Bréfritari: Sigríður Pálsdóttir
Viðtakandi: Páll Pálsson
Dagsetning: A-1864-06-08
Skrifað á: Breiðabólsstað  Rang.
Páll var bróðir Sigríðar

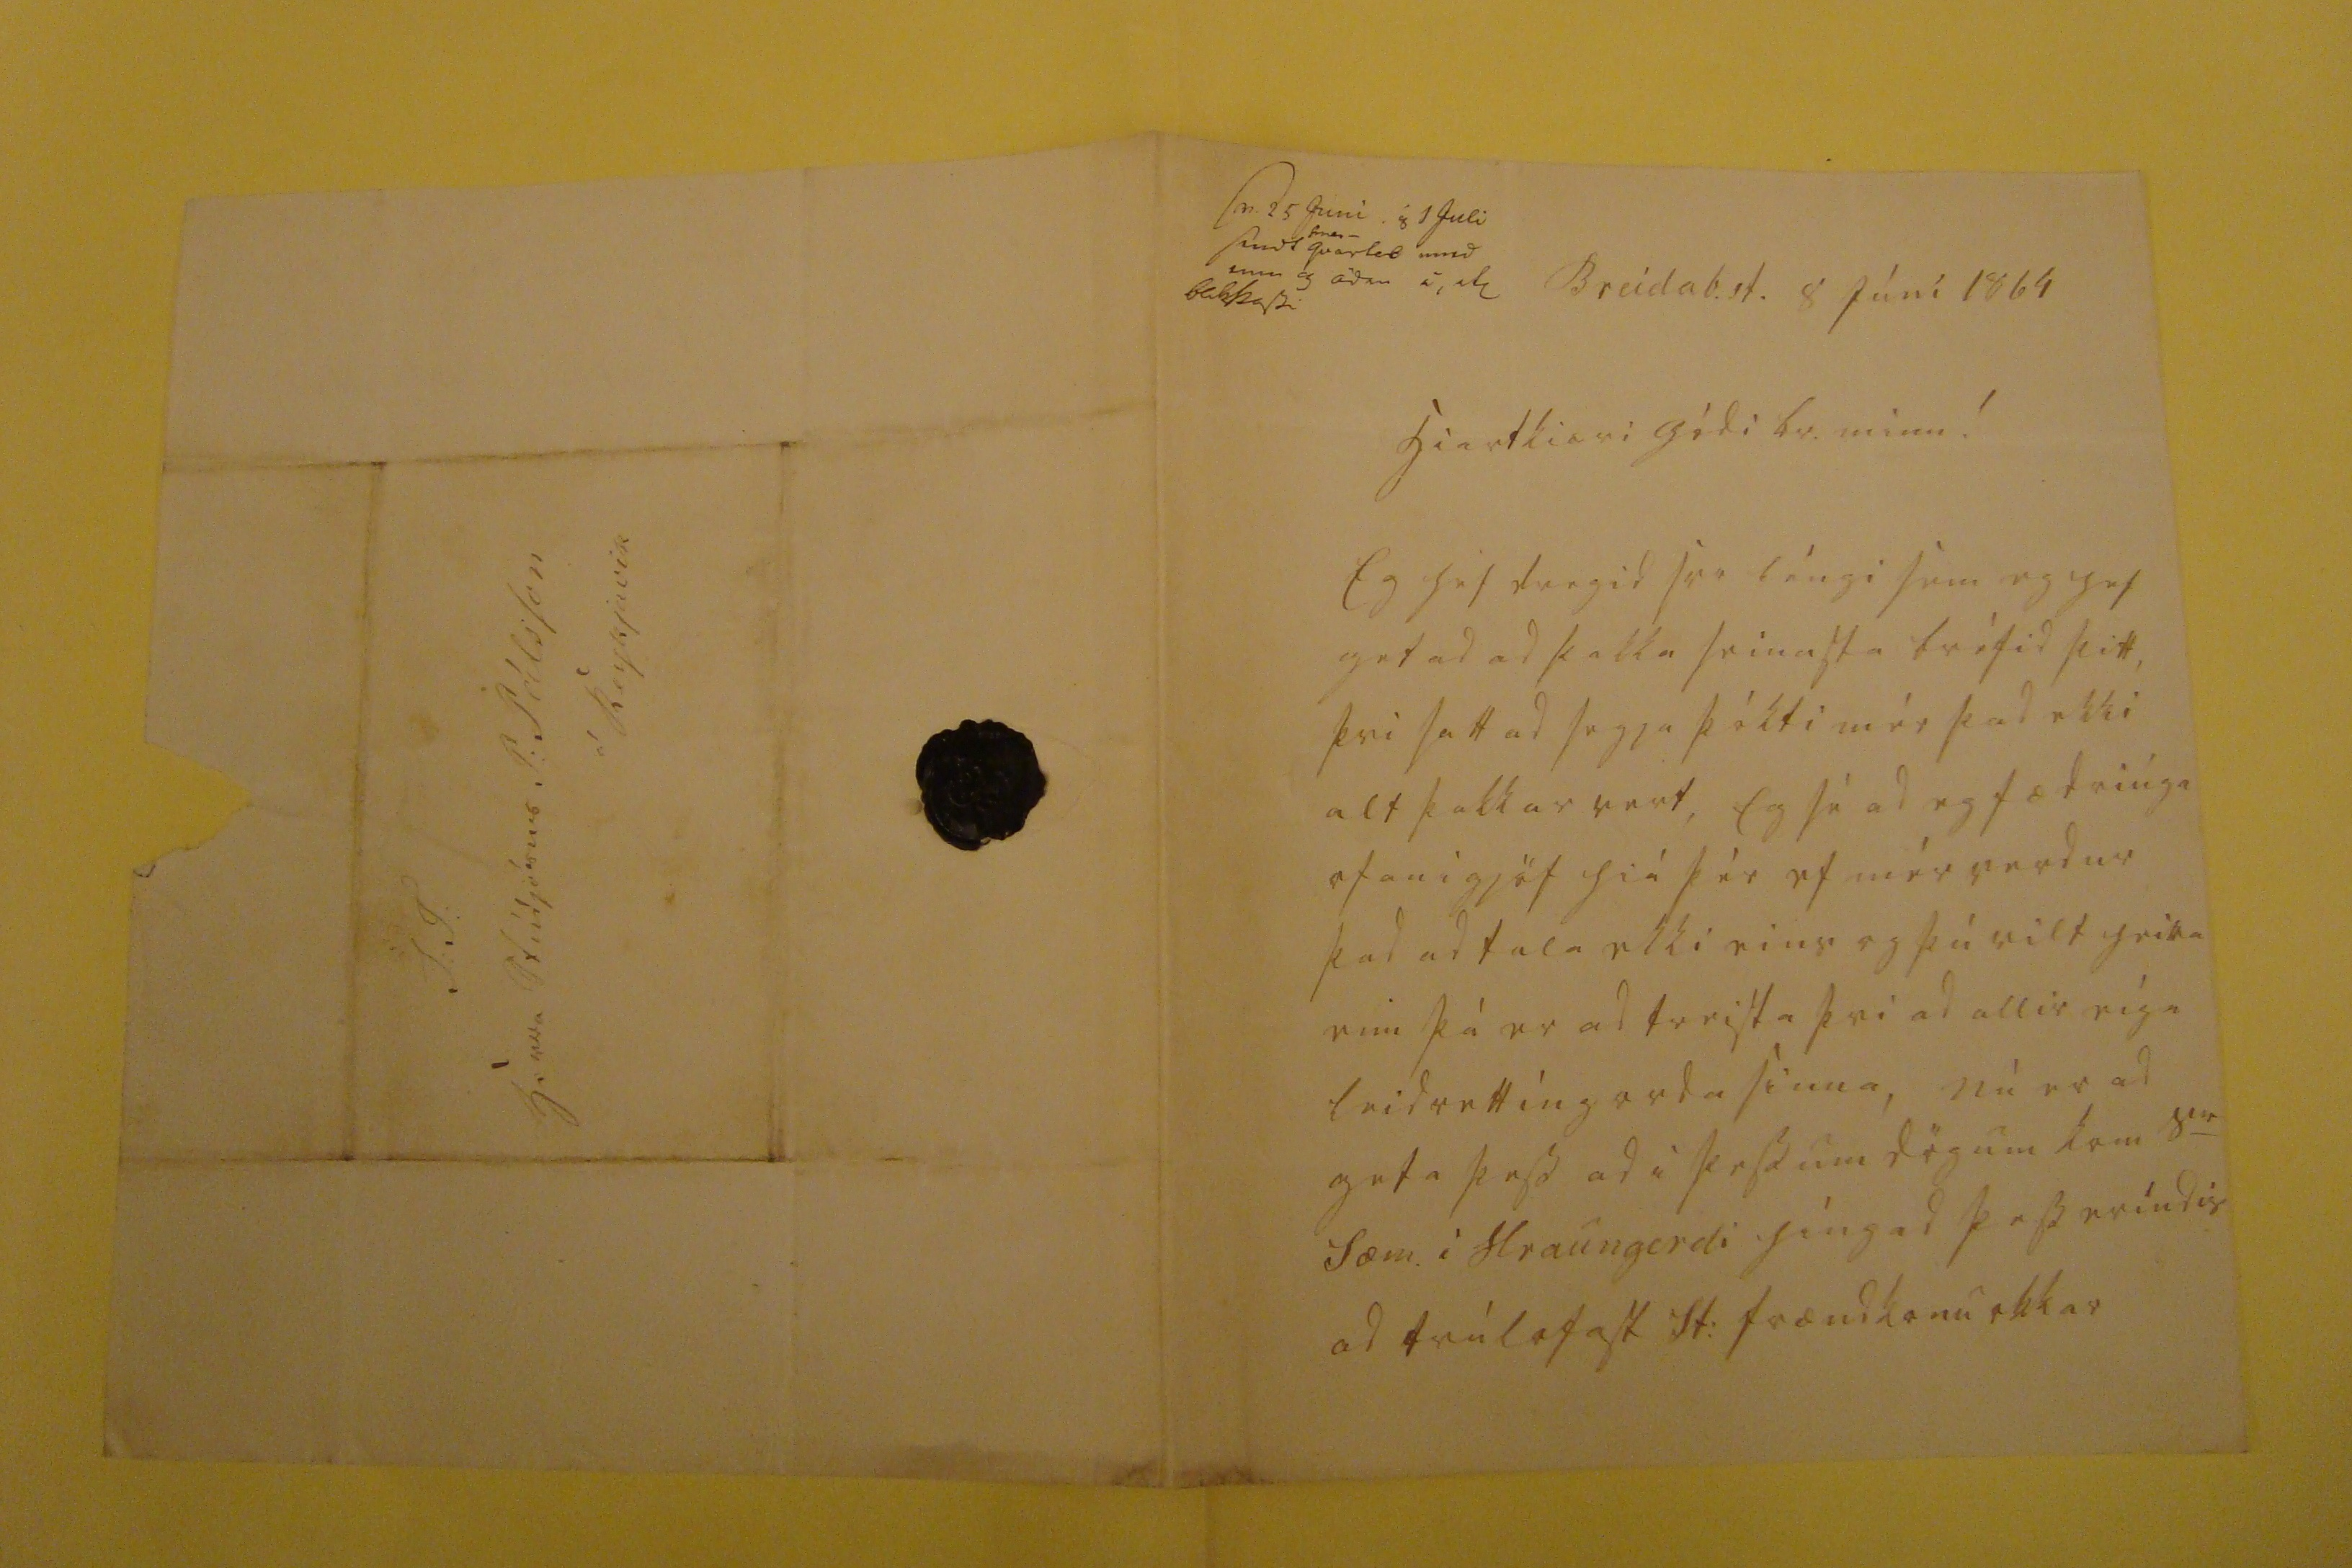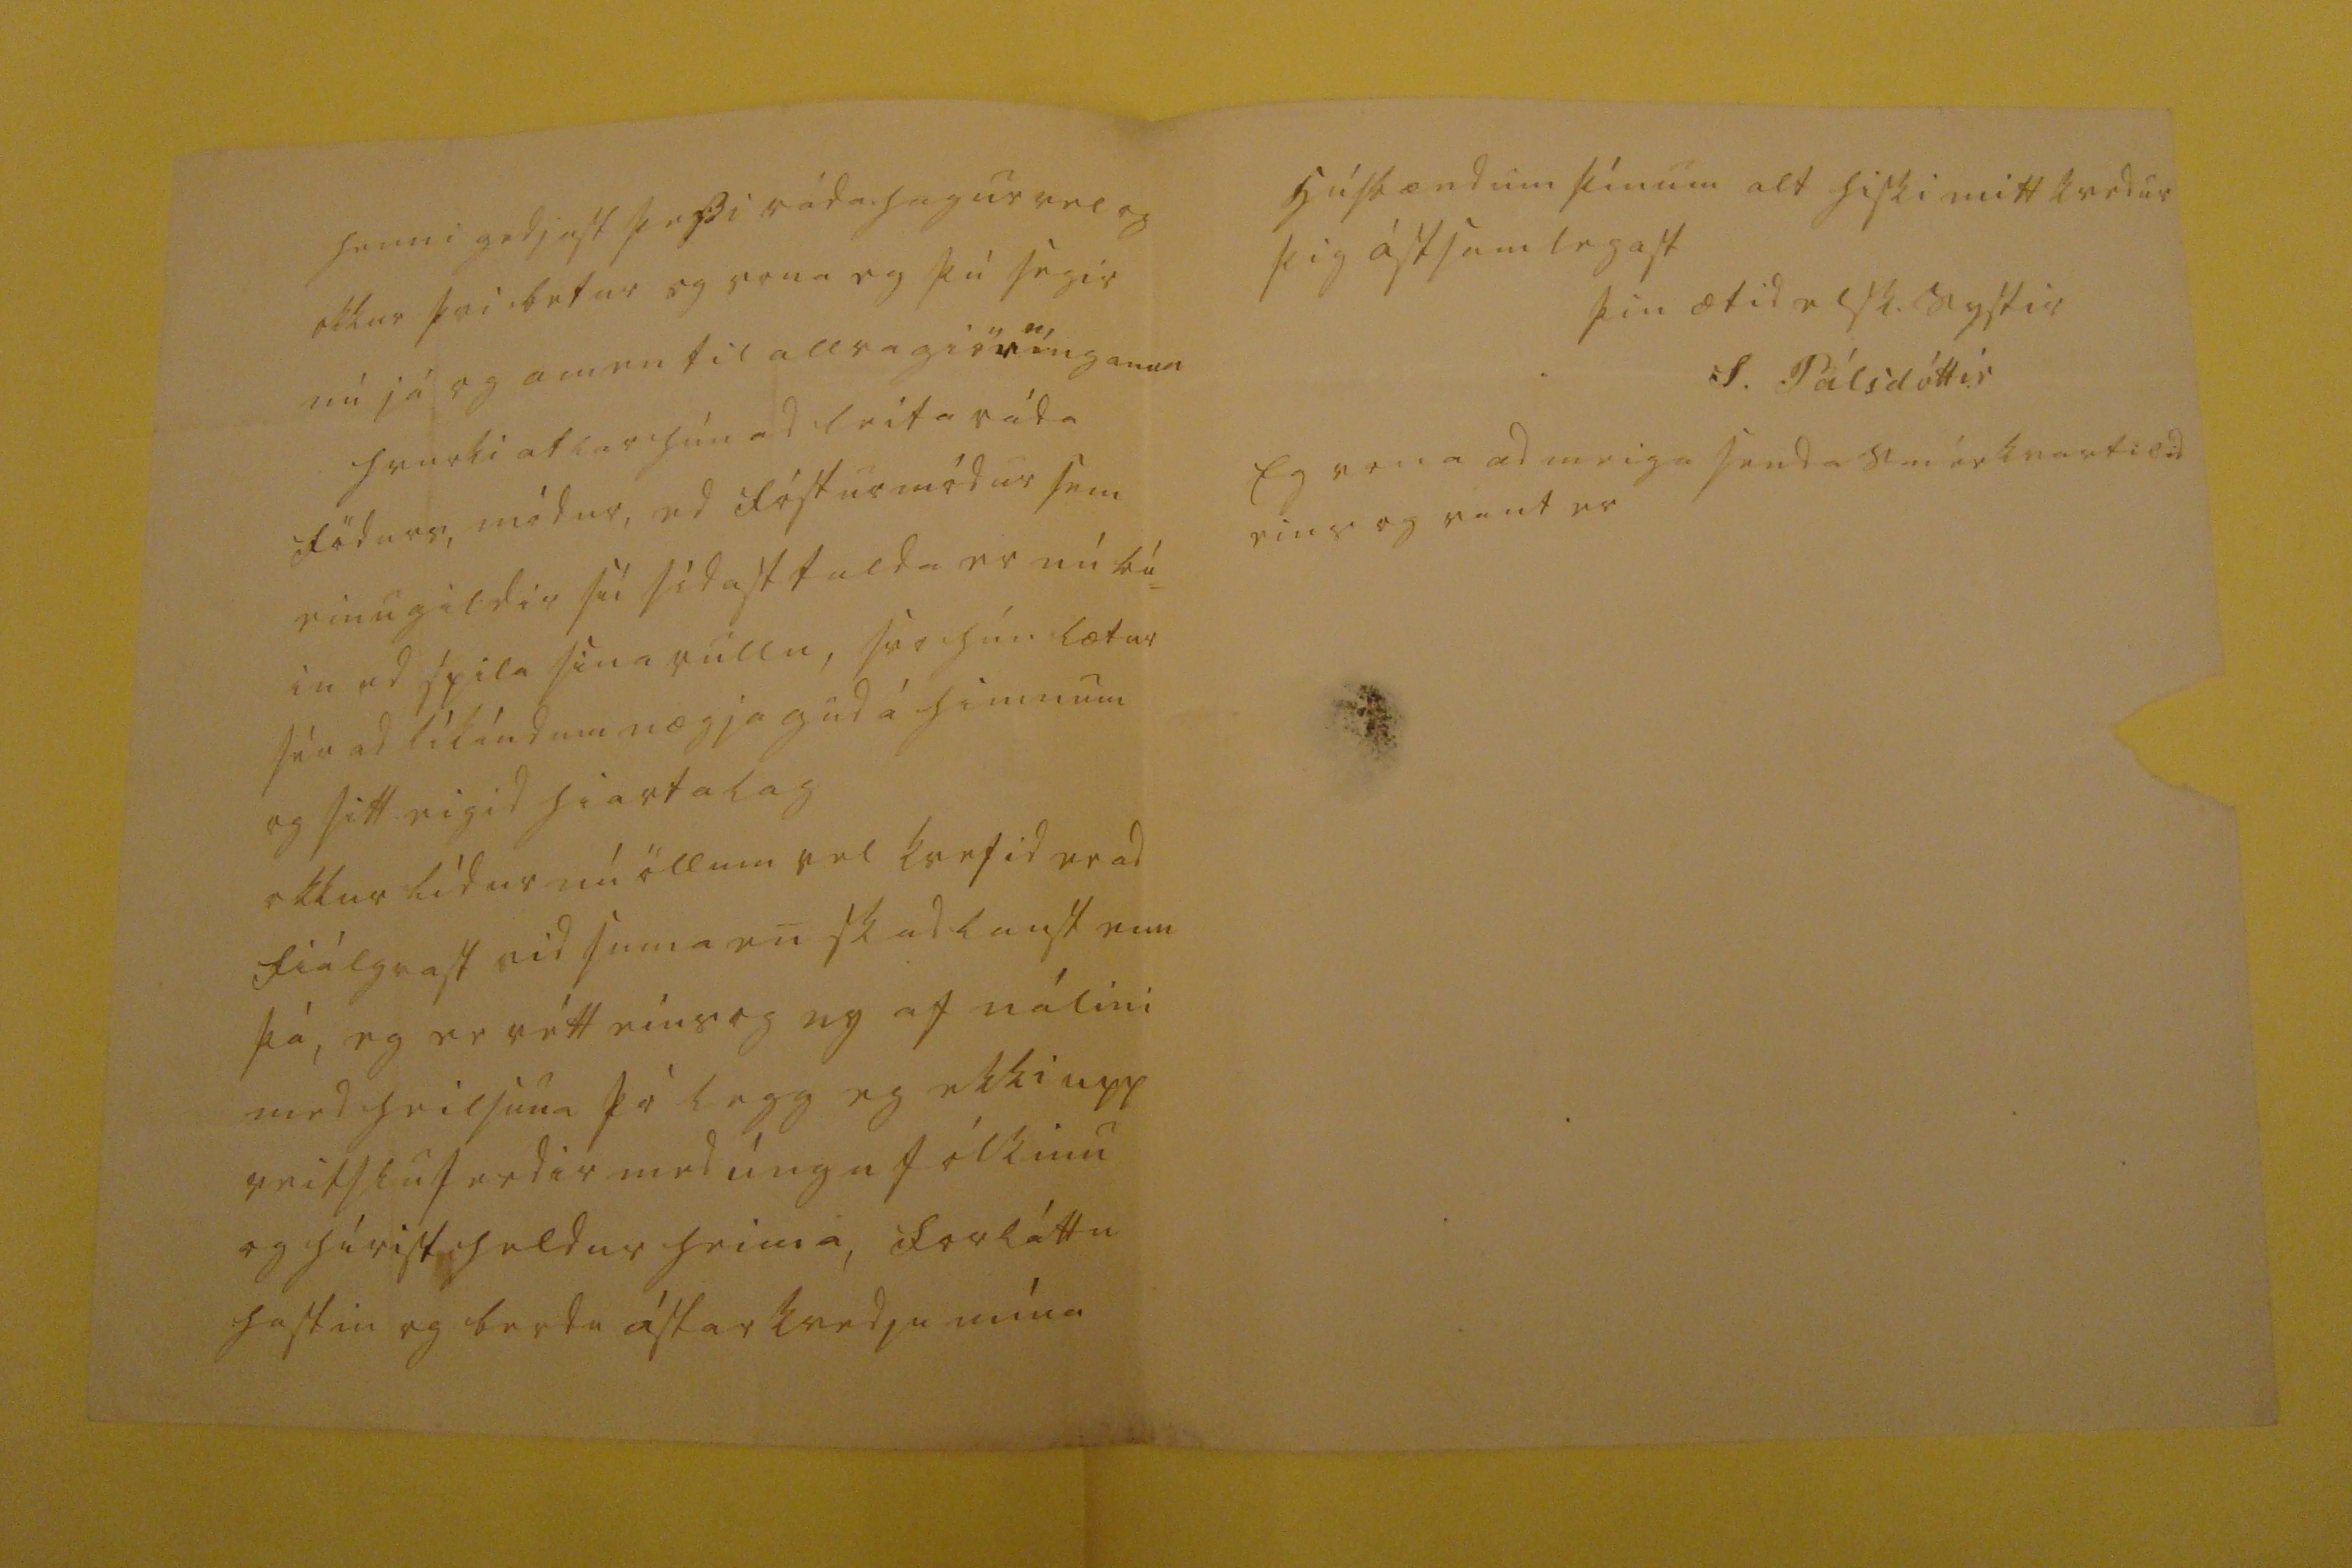

sv. 25 Juni 0 1 Juli send
smer
qvartil med 000 einu 0 000 i, h bak000
Breidb.st. 8 Júni 1864
hiartkiæri gódi br. minn!
Eg hef dregid svo léngi sem eg hef getad ad þakka seinasta bréfid þitt, þvi sattad segja þókti mér þad ekki alt þakkartvert, Eg sé ad eg fæ driúga ofani gjöf hiá þér ef mér verdur þad ad tala ekki eins og þú vilt heira um þá er ad treista þvi ad allir eíga leidrettíng orda sinna, nú er ad geta þess ad i þessum dögum kom s
0r
Sæm. i Hraungerdi híngad þess eríndis ad trúlofast St: frændkonu okkar
henni gedjast þessi ráda.hugur vel og okkur þvi betur og vona eg þú segir nú já og amen til allra giör
n
ínganna hvurki atlar hún ad leita ráda födurs, módur ed fósturmódur sem einu gildir sú sídasttalda er nú bú= in ad spila sina rullu, svo hún lætur sér ad líkindum nægja gud á himnum og sitt eigid hiartalag okkur lídur nú öllum vel kvefid er ad fiálgrast vid suma en skadlaust enn þá, eg er rétt eins og ny af nálini med heilsuna þó legg eg ekki upp veitsluferdir med únga fólkinu og hírist heldur heima, forláttu hastin og berdu ástarkvedju mína
húsbændum þínum alt hiski mitt kvedur þig ástsamlegast
þin ætid elsk. systir
S. Pálsdóttir
Eg vona ad meiga senda smérkvartilid eins og vant er
S: T: herra Stúdjósus P: Pálsson á Reykjavik